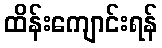
ထိန်းကျောင်းရန်